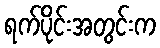
ရက်ပိုင်းအတွင်းက